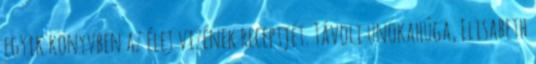
egyik könyvben az élet vizének receptjét. Távoli unokahúga, Elisabeth